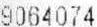
9064074